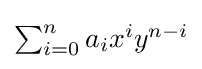
\textstyle \sum _{i=0}^{n}a_{i}x^{i}y^{n-i}